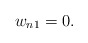
\begin{align*}w_{n1}=0.\end{align*}